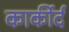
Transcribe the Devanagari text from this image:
कार्कीर्द